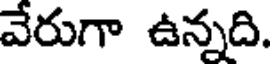
వేరుగా ఉన్నది.